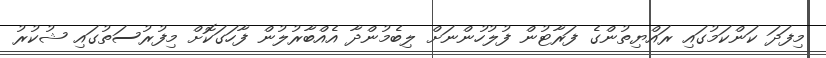
މިފަދަ ކަންކަމުގައި ރައްޔިތުންގެ ފަރާޓުން ފުލުހުންނަށް ލިބެމުންދާ އެއްބާރުލުން ފާހަގަކޮށް މިފުރުސަތުގައި ޝުކުރު